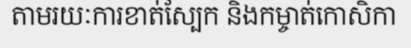
តាមរយៈការខាត់ស្បែក និងកម្ចាត់កោសិកា